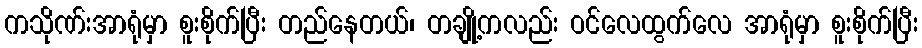
ကသိုဏ်းအာရုံမှာ စူးစိုက်ပြီး တည်နေတယ်၊ တချို့ကလည်း ဝင်လေထွက်လေ အာရုံမှာ စူးစိုက်ပြီး